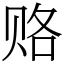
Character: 赂